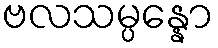
ဗလသမ္ပန္နော